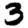
Digit: 3